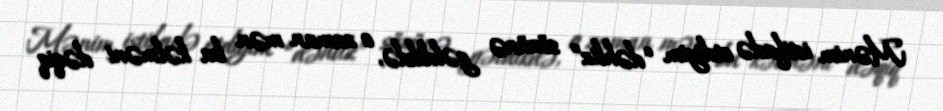
Mənim istifadə etdiyim “dəhliz” sözünə gəldikdə, o zaman mən bu kəlməni dəqiq